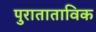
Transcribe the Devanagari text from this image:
पुराताताविक